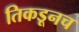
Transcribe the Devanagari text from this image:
तिकडूनच